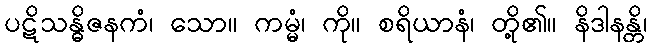
ပဋိသန္ဓိဇနကံ၊ သော။ ကမ္မံ၊ ကို။ စရိယာနံ၊ တို့၏။ နိဒါနန္တိ၊